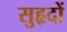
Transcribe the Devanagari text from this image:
सुहृदों